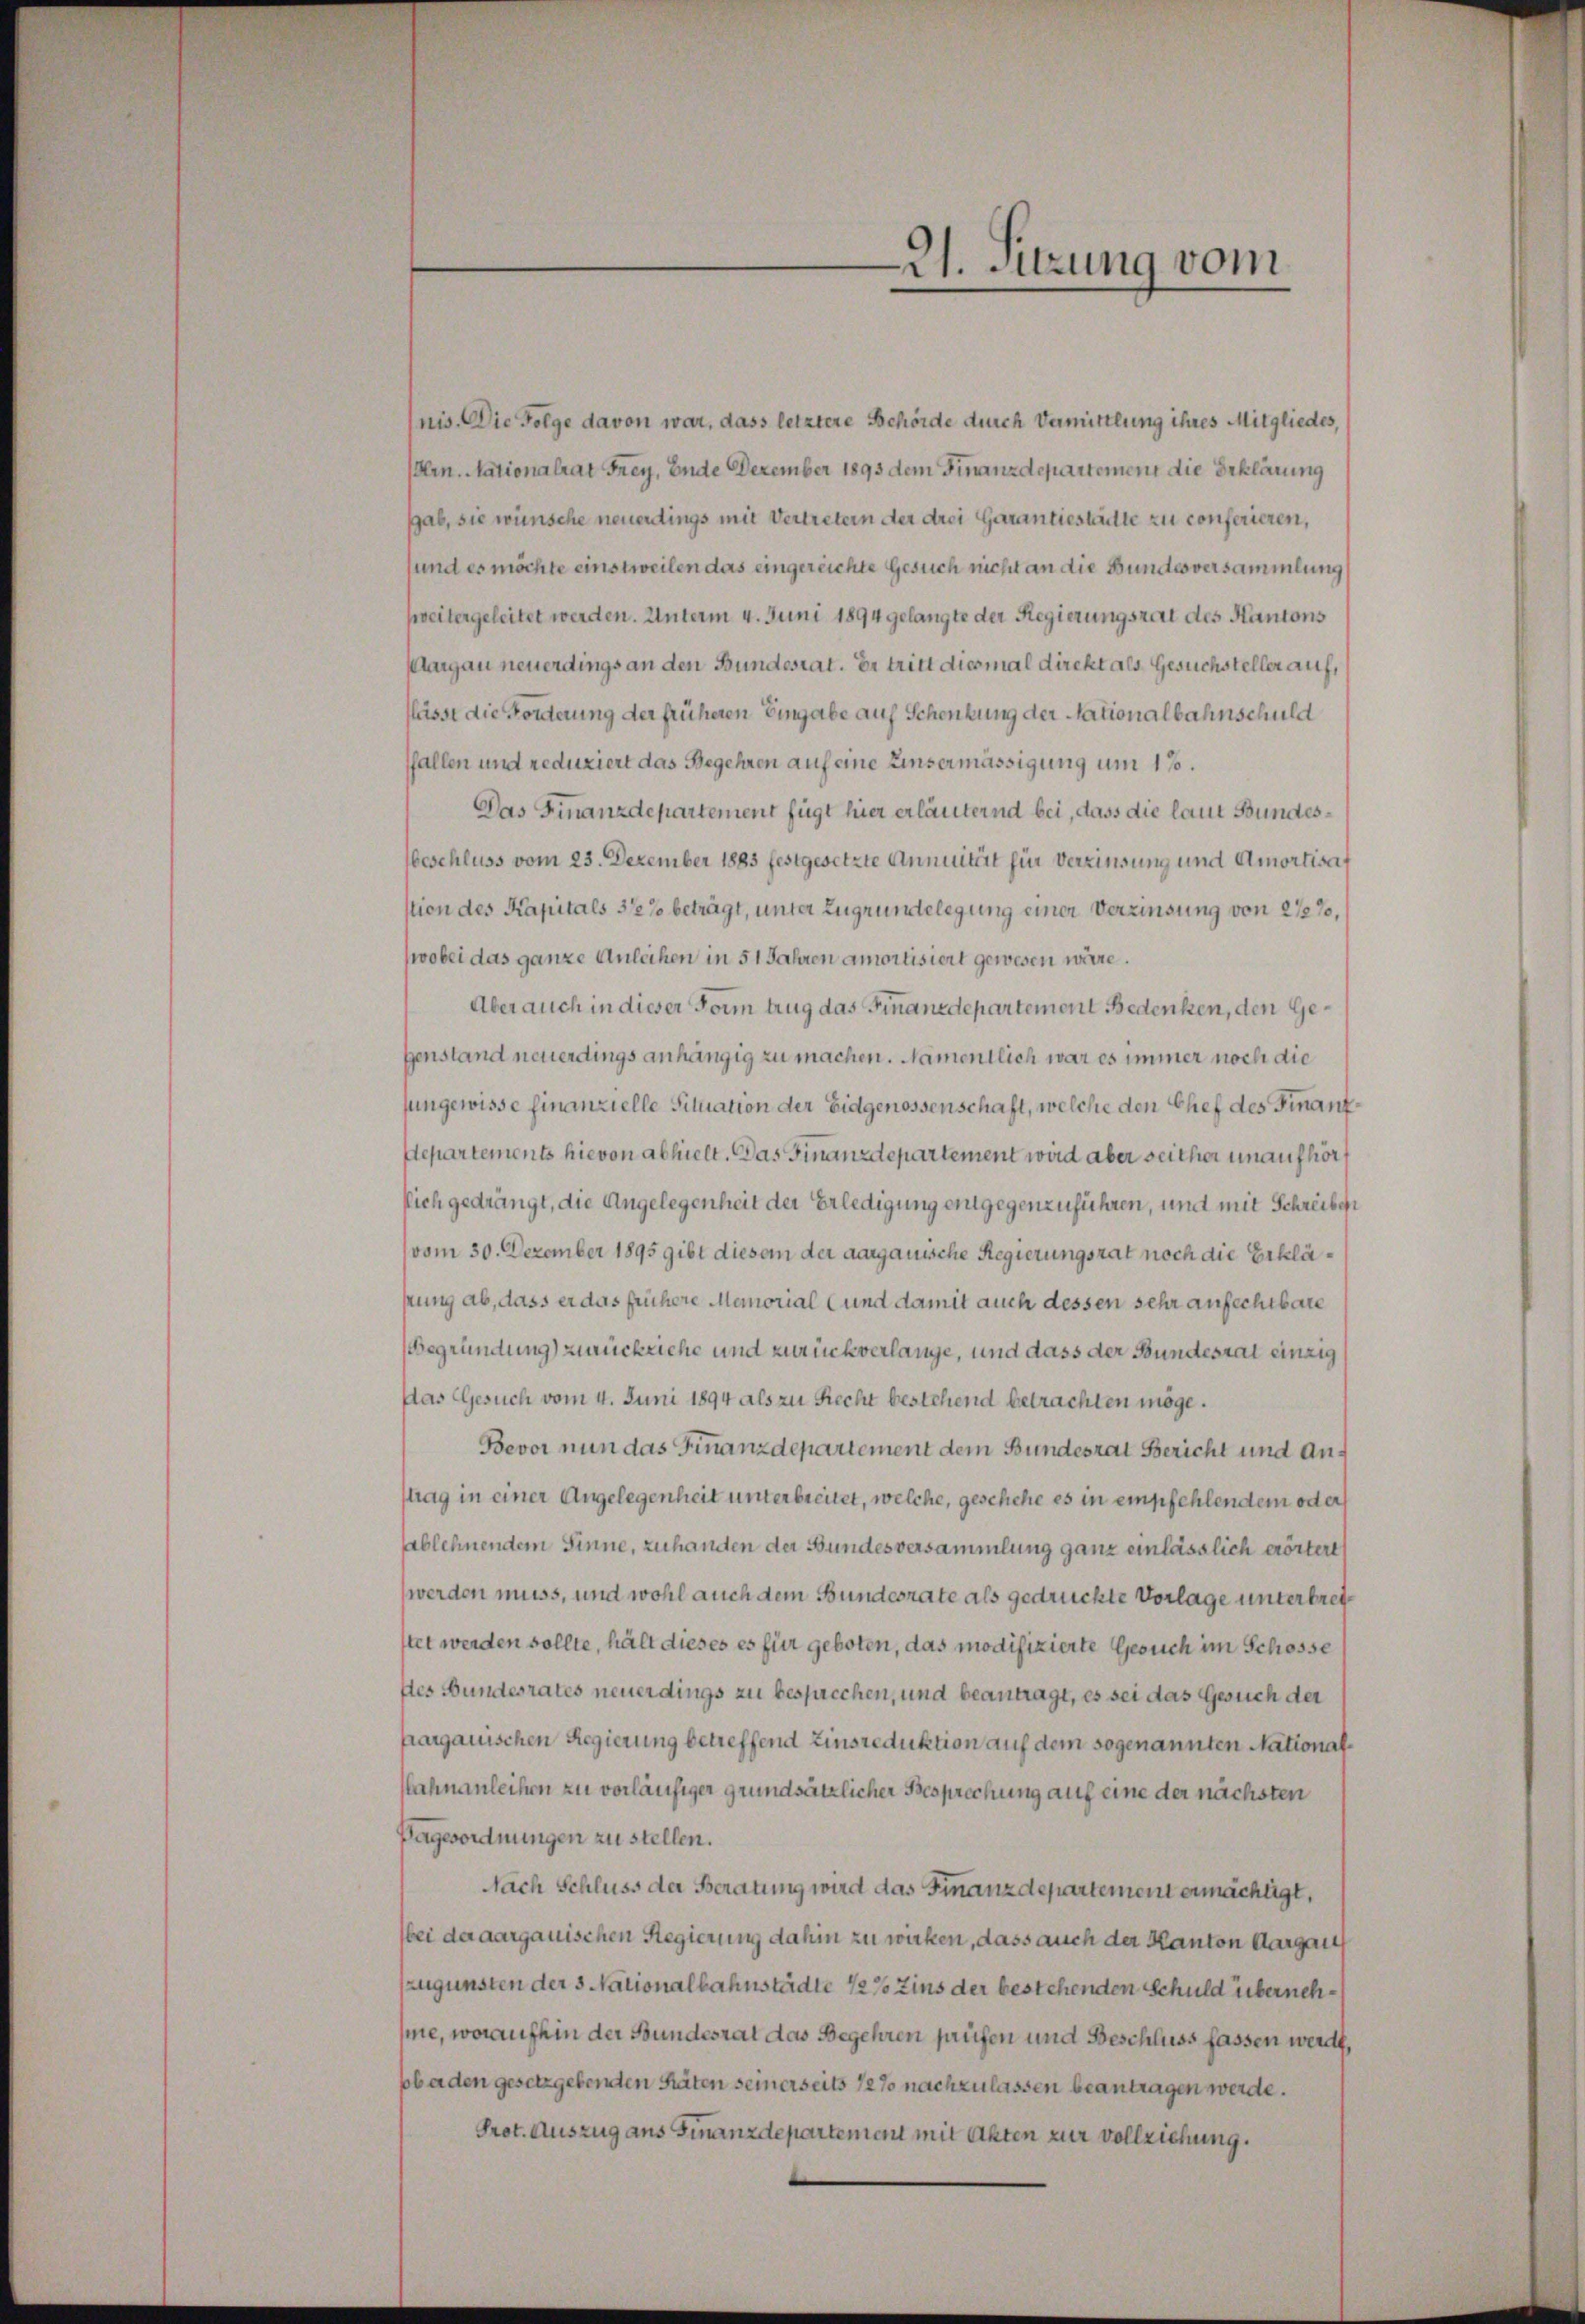
Z. Sitzung vom

nis. Die Folge davon war, dass letztere Behörde durch Vermittlung ihres Mitgliedes,
Arn. Nationalrat Frey, Ende Dezember 1893 dem Finanzdepartement die Erklärung
gab, sie wünsche neuerdings mit Vertretern der drei Garantiestädte zu conferieren,
und es möchte einstweilen das eingereichte Gesuch nicht an die Bundesversammlung
sweitergeleitet werden. Unterm 4. Juni 1894 gelangte der Regierungsrat des Kantons
Margau neuerdings an den Bundesrat. Er tritt diesmal direkt als Gesuchsteller auf,
flässt die Forderung der früheren Eingabe auf Schenkung der Nationalbahnschuld
fallen und reduziert das Begehren auf eine Einsermässigung um 17.
Das Finanzdepartement fügt hier erläuternd bei, dass die laut Bundeseschluss vom 23. Dezember 1885 festgesetzte Annuität für Verzinsung und Amortisaf
stion des Kapitals 312 % beträgt, unter Zugrundelegung einer Verzinsung von 2 1/2%,
wobei das ganze Anleihen in 51 Jahren amortisiert gewesen wäre.
Aber auch in dieser Form trug das Finanzdepartement Bedenken, den Gegenstand neuerdings anhängig zu machen. Namentlich war es immer noch die
sungewisse finanzielle Situation der Eidgenossenschaft, welche den Chef des Finanz¬
Separtements hievon abhielt. Das Finanzdepartement wird aber seither unaufhör
flich gedrängt, die Angelegenheit der Erledigung entgegenzuführen, und mit Schreiben
(vom 30. Dezember 1895 gibt diesem der aargauische Regierungsrat noch die Erkläsung ab, dass er das frühere Memorial und damit auch dessen sehr anfechtbare
Begründung) zurückliche und zurückverlange, und dass der Bundesrat einzig
Das Gesuch vom 4. Juni 1894 als zu Recht bestehend betrachten möge.
Bevor nun das Finanzdepartement dem Bundesrat Bericht und Anstrag in einer Angelegenheit unterbreitet, welche, geschehe es in empfehlendem oder
ablehnendem Sinne, zu handen der Bundesversammlung ganz einlässlich erörtert
werden muss, und wohl auch dem Bundesrate als gedruckte Vorlage unterbretstet werden sollte, hält dieses es für geboten, das modifizierte Gesuch im Schosse
des Bundesrates neuerdings zu besprechen, und beantragt, es sei das Gesuch der
pargauischen Regierung betreffend Einsreduktion auf dem sogenannten Nationalahnanleihen zu vorläufiger grundsätzlicher Besprechung auf eine der nächsten
Bagesordnungen zu stellen.
Nach Schluss der Beratung wird das Finanzdepartement ermächtigt,
bei der aargauischen Regierung dahin zu wirken, dass auch der Kanton Aargau
zugunsten der 3. Nationalbahnstädte 1/2% Zins der bestehenden Schuld übernehsie, woraufhin der Bundesrat das Begehren prüfen und Beschluss fassen werde,
bbaden gesetzgebenden Stäten seinerseits 12 % nachzulassen beantragen werde.
Prot. Auszug aus Finanzdepartement mit Akten zur vollziehung.
e